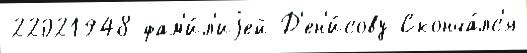
22021948 фам'и́л'иjей Д'ен'и́сову Сконча́лс'я